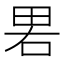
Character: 𰣁